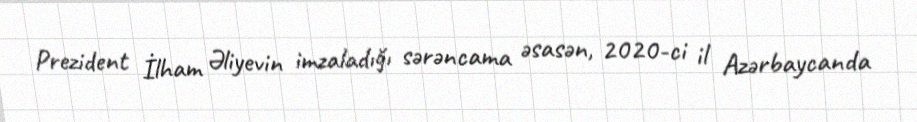
Prezident İlham Əliyevin imzaladığı sərəncama əsasən, 2020-ci il Azərbaycanda